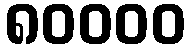
၈၀၀၀၀